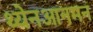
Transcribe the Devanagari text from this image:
थ्येनआनमन